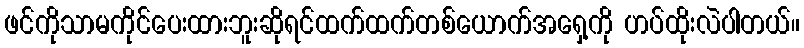
ဖင်ကိုသာမကိုင်ပေးထားဘူးဆိုရင်ထက်ထက်တစ်ယောက်အရှေ့ကို ဟပ်ထိုးလဲပါတယ်။